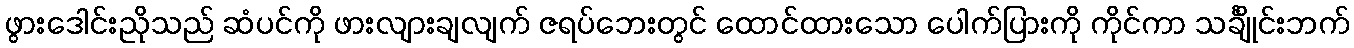
ဖွားဒေါင်းညိုသည် ဆံပင်ကို ဖားလျားချလျက် ဇရပ်ဘေးတွင် ထောင်ထားသော ပေါက်ပြားကို ကိုင်ကာ သင်္ချိုင်းဘက်